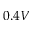
0 . 4 V